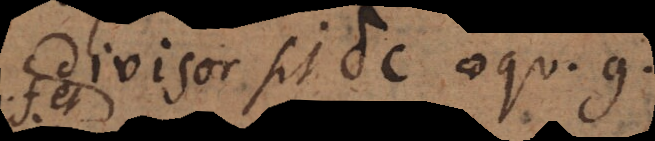
divisor sit δε aequ. g.